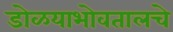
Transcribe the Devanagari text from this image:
डोळयाभोवतालचे